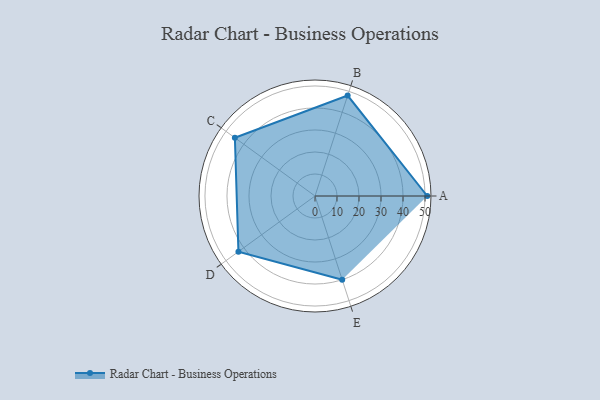
{"axis": {"x": "Skill", "y": "Score"}, "legend": ["Profile"], "data": [{"x": "A", "y": 51.0, "type": "Profile"}, {"x": "B", "y": 48.0, "type": "Profile"}, {"x": "C", "y": 45.0, "type": "Profile"}, {"x": "D", "y": 43.0, "type": "Profile"}, {"x": "E", "y": 40.0, "type": "Profile"}]}